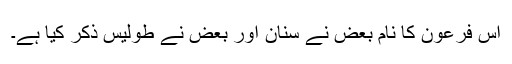
اس فرعون کا نام بعض نے سنان اور بعض نے طولیس ذکر کیا ہے۔